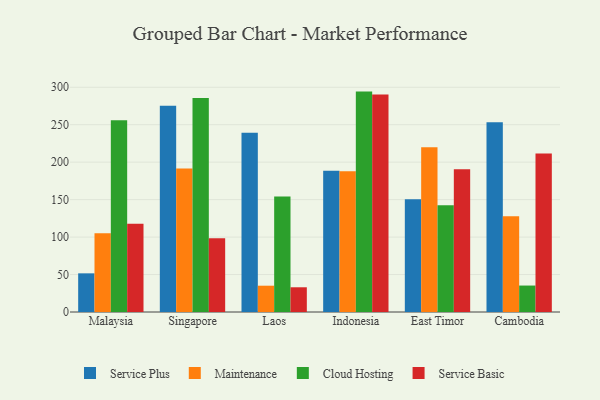
{"axis": {"x": "Country", "y": "Satisfaction Score"}, "legend": ["Cloud Hosting", "Maintenance", "Service Basic", "Service Plus"], "data": [{"x": "Malaysia", "y": 51.6, "type": "Service Plus"}, {"x": "Malaysia", "y": 105.1, "type": "Maintenance"}, {"x": "Malaysia", "y": 255.8, "type": "Cloud Hosting"}, {"x": "Malaysia", "y": 117.9, "type": "Service Basic"}, {"x": "Singapore", "y": 275.4, "type": "Service Plus"}, {"x": "Singapore", "y": 191.7, "type": "Maintenance"}, {"x": "Singapore", "y": 285.7, "type": "Cloud Hosting"}, {"x": "Singapore", "y": 98.6, "type": "Service Basic"}, {"x": "Laos", "y": 239.4, "type": "Service Plus"}, {"x": "Laos", "y": 35.1, "type": "Maintenance"}, {"x": "Laos", "y": 154.1, "type": "Cloud Hosting"}, {"x": "Laos", "y": 33.0, "type": "Service Basic"}, {"x": "Indonesia", "y": 188.6, "type": "Service Plus"}, {"x": "Indonesia", "y": 187.9, "type": "Maintenance"}, {"x": "Indonesia", "y": 294.2, "type": "Cloud Hosting"}, {"x": "Indonesia", "y": 290.4, "type": "Service Basic"}, {"x": "East Timor", "y": 150.6, "type": "Service Plus"}, {"x": "East Timor", "y": 220.0, "type": "Maintenance"}, {"x": "East Timor", "y": 142.4, "type": "Cloud Hosting"}, {"x": "East Timor", "y": 190.5, "type": "Service Basic"}, {"x": "Cambodia", "y": 253.2, "type": "Service Plus"}, {"x": "Cambodia", "y": 127.9, "type": "Maintenance"}, {"x": "Cambodia", "y": 35.3, "type": "Cloud Hosting"}, {"x": "Cambodia", "y": 211.6, "type": "Service Basic"}]}